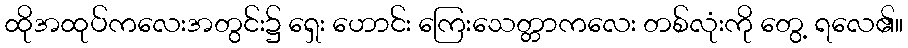
ထိုအထုပ်ကလေးအတွင်း၌ ရှေး ဟောင်း ကြေးသေတ္တာကလေး တစ်လုံးကို တွေ့ ရလေ၏။